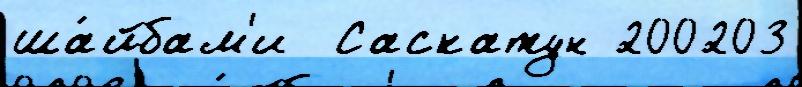
ша́йбам'и  Саскатун 200203